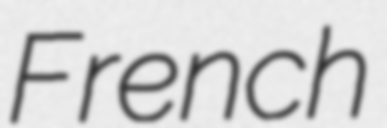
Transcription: French